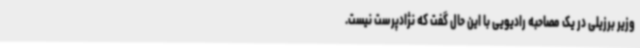
وزیر برزیلی در یک مصاحبه رادیویی با این حال گفت که نژادپرست نیست.